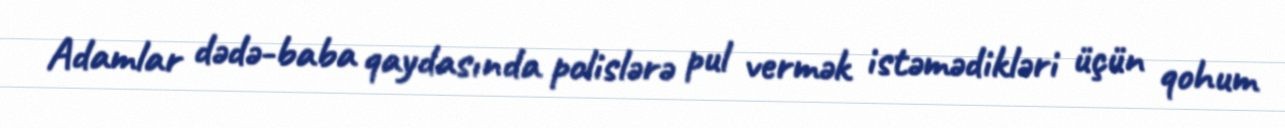
Adamlar dədə-baba qaydasında polislərə pul vermək istəmədikləri üçün qohum